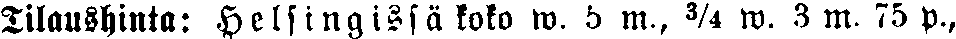
Tilaushinta: Helsingissä koko w. 5 m. ¾ w. 3 m. 75 p.,